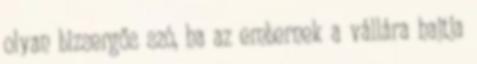
olyan bizsergős szó, ha az embernek a vállára hajtja